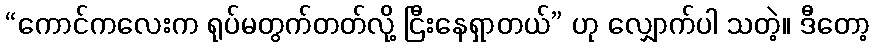
“ကောင်ကလေးက ရုပ်မတွက်တတ်လို့ ငြီးနေရှာတယ်” ဟု လျှောက်ပါ သတဲ့။ ဒီတော့